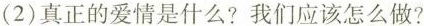
（2）真正的爱情是什么？我们应该怎么做？